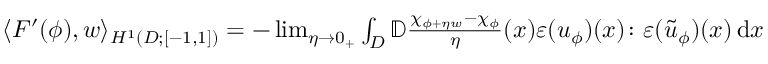
\begin{array} { r } { \langle F ^ { \prime } ( \phi ) , w \rangle _ { H ^ { 1 } ( D ; [ - 1 , 1 ] ) } = - \operatorname* { l i m } _ { \eta \to 0 _ { + } } \int _ { D } \mathbb { D } \frac { \chi _ { \phi + \eta w } - \chi _ { \phi } } { \eta } ( x ) \boldsymbol { \varepsilon } ( \boldsymbol { u } _ { \phi } ) ( x ) \colon \boldsymbol { \varepsilon } ( \boldsymbol { \tilde { u } } _ { \phi } ) ( x ) \, \mathrm { d } x } \end{array}